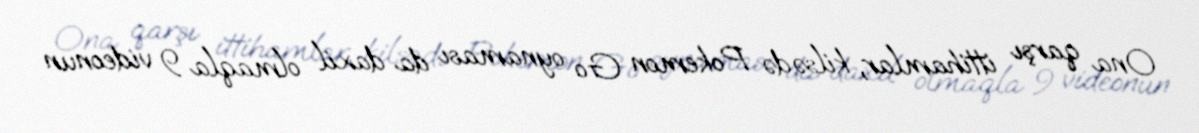
Ona qarşı ittihamlar, kilsədə Pokemon Go oynaması da daxil olmaqla 9 videonun